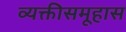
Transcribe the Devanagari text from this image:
व्यक्तीसमूहास